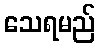
သေရမည်